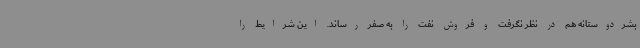
بشردوستانه هم در نظر نگرفت و فروش نفت را به صفر رساند. این شرایط را